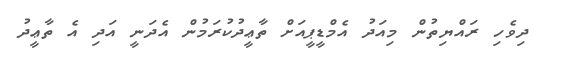
ދިވެހި ރައްޔިތުން މިއަދު އެމްޑީޕީއަށް ތާޢީދުކުރަމުން އެދަނީ އަދި އެ ތާޢީދު